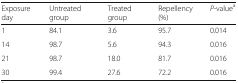
<table><thead><tr><td><b>Exposure day</b></td><td><b>Untreated group</b></td><td><b>Treated group</b></td><td><b>Repellency (%)</b></td><td><b><i>P</i>-value<sup>a</sup></b></td></tr></thead><tbody><tr><td>1</td><td>84.1</td><td>3.6</td><td>95.7</td><td>0.014</td></tr><tr><td>14</td><td>98.7</td><td>5.6</td><td>94.3</td><td>0.016</td></tr><tr><td>21</td><td>98.7</td><td>18.0</td><td>81.7</td><td>0.016</td></tr><tr><td>30</td><td>99.4</td><td>27.6</td><td>72.2</td><td>0.016</td></tr></tbody></table>